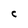
Character: C